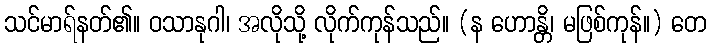
သင်မာရ်နတ်၏။ ဝသာနုဂါ၊ အလိုသို့ လိုက်ကုန်သည်။ (န ဟောန္တိ၊ မဖြစ်ကုန်။) တေ